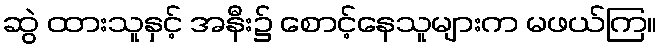
ဆွဲ ထားသူနှင့် အနီး၌ စောင့်နေသူများက မဖယ်ကြ။